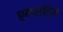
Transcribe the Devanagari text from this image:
एम्प्लॉईज